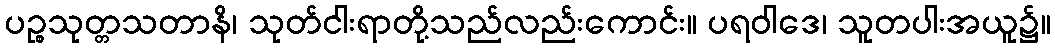
ပဉ္စသုတ္တသတာနိ၊ သုတ်ငါးရာတို့သည်လည်းကောင်း။ ပရဝါဒေ၊ သူတပါးအယူ၌။